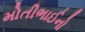
મોતીભાઈનો